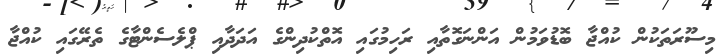
މިސޫރަތަކުން ކުއްޖާ ބޮޑުވަމުން އަންނަގޮތާއި ރަހިމުގައި އޮތްކުދިންގެ އަދަދާއި ޕްލެސެންޓާގެ ތެރޭގައި ކުއްޖާ